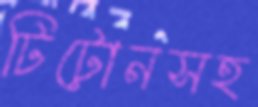
টিটোনসহ